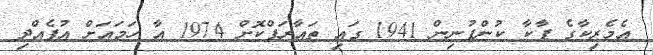
އެމެރިކާގެ ޕާކާ ކުންފުނިން 1941 ގައި ތައާރަފްކޮށް 1974 އާ ހަމައަށް އުފެއްދި